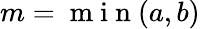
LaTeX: {m=\mathrm{~m~i~n~}(a,b)}